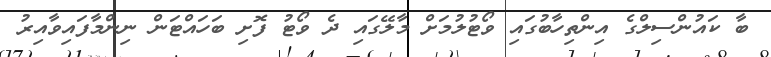
ބާ ކައުންސިލްގެ އިންތިހާބުގައި ވޯޓުލުމަށް މާލޭގައި ދެ ވޯޓު ފޮށި ބަހައްޓަން ނިންމާފައިވާއިރު